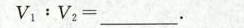
V1﹔V2=_____.